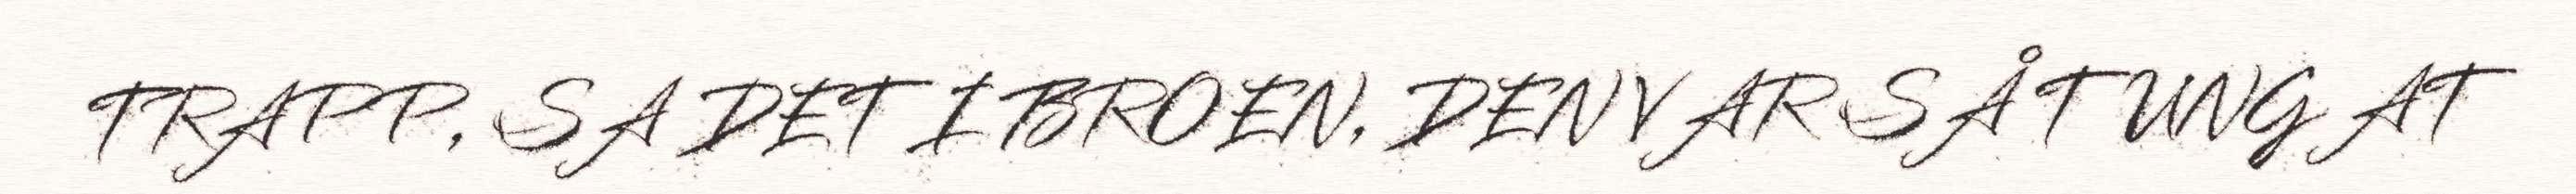
TRAPP, SA DET I BROEN, DEN VAR SÅ TUNG AT